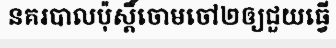
នគរបាលប៉ុស្តិ៍ចោមចៅ២ឲ្យជួយធ្វើ